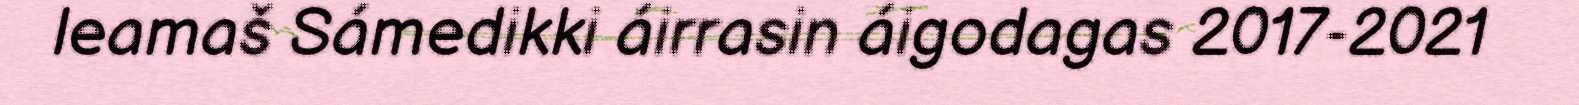
leamaš Sámedikki áirrasin áigodagas 2017-2021